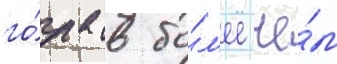
го́да в бо́л'ее че́м